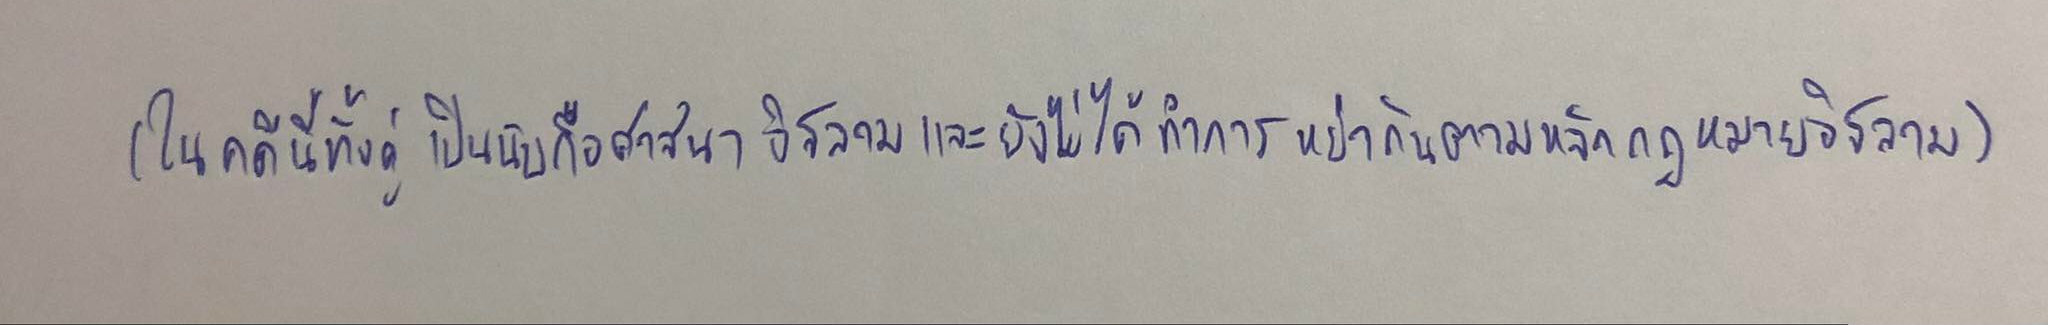
(ในคดีนี้ทั้งคู่เป็นนับถือศาสนาอิสลามและยังไม่ได้ทำการหย่ากันตามหลักกฎหมายอิสลาม)